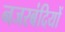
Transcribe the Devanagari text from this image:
नजरबंदियों